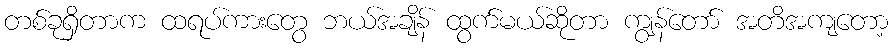
တစ်ခုရှိတာက ထရပ်ကားတွေ ဘယ်အချိန် ထွက်မယ်ဆိုတာ ကျွန်တော် အတိအကျတော့